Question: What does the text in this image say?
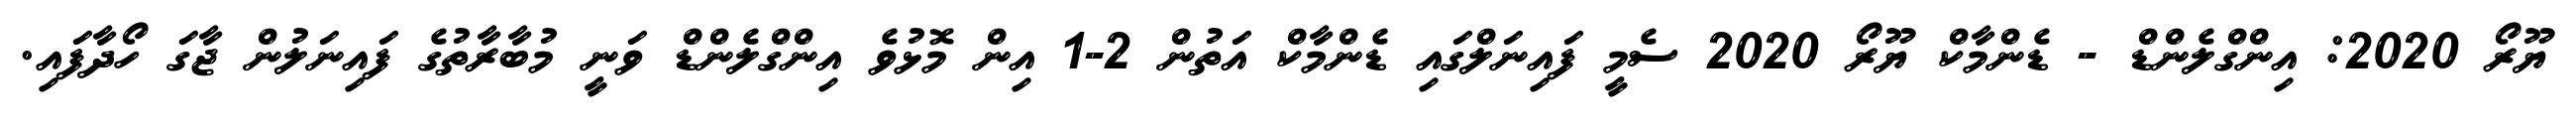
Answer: ޔޫރޯ 2020: އިންގްލެންޑް - ޑެންމާކް ޔޫރޯ 2020 ސެމީ ފައިނަލްގައި ޑެންމާކް އަތުން 2-1 އިން މޮޅުވެ އިންގްލެންޑް ވަނީ މުބާރާތުގެ ފައިނަލުން ޖާގަ ހޯދާފައި.